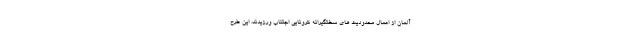
آلمان از اعمال محدودیت های سختگیرانه کرونایی اجتناب ورزیدند، این طرح